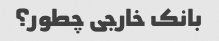
بانک خارجی چطور؟